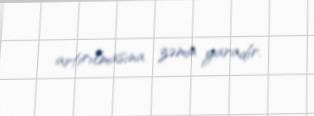
artırılmasına zəmin yaradır.